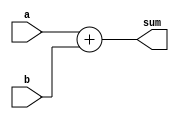
module Adder(
	input [63:0] a,
	input [63:0] b,
	output [63:0] sum
);

assign sum = a + b;

endmodule